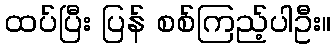
ထပ်ပြီး ပြန် စစ်ကြည့်ပါဦး။